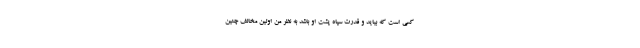
کسی است که بیاید و قدرت سپاه پشت او باشد به نظر من اولین مخالف چنین